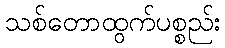
သစ်တောထွက်ပစ္စည်း